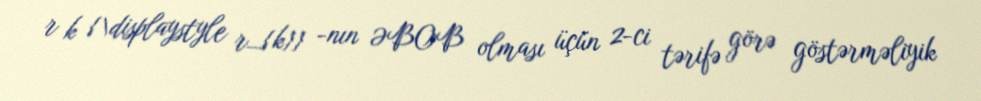
r k {\displaystyle r_{k}} -nın ƏBOB olması üçün 2-ci tərifə görə göstərməliyik